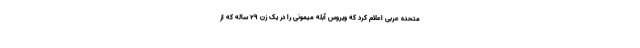
متحده عربی اعلام کرد که ویروس آبله میمونی را در یک زن ۲۹ ساله که از